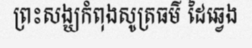
ព្រះសង្ឃកំពុងសូត្រធម៌ ដៃឆ្វេង